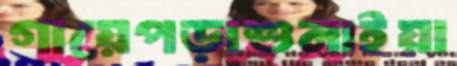
গায়েপড়াশুনাইয়া